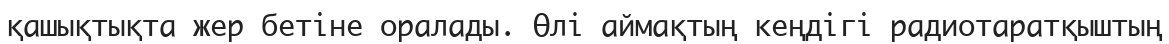
қашықтықта жер бетіне оралады. Өлі аймақтың кеңдігі радиотаратқыштың